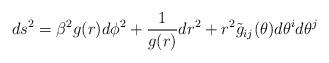
LaTeX: \begin{align*}ds^2=\beta^2g(r)d\phi^2+{1 \over g(r)} dr^2+ r^2\tilde{g}_{ij}(\theta)d\theta^id\theta^j\end{align*}